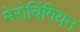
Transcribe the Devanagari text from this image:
मेरोविंगियन